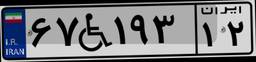
۶۷W۱۹۳۱۲